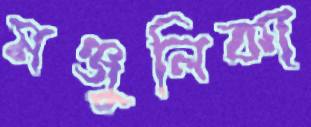
মঞ্জুলিকা